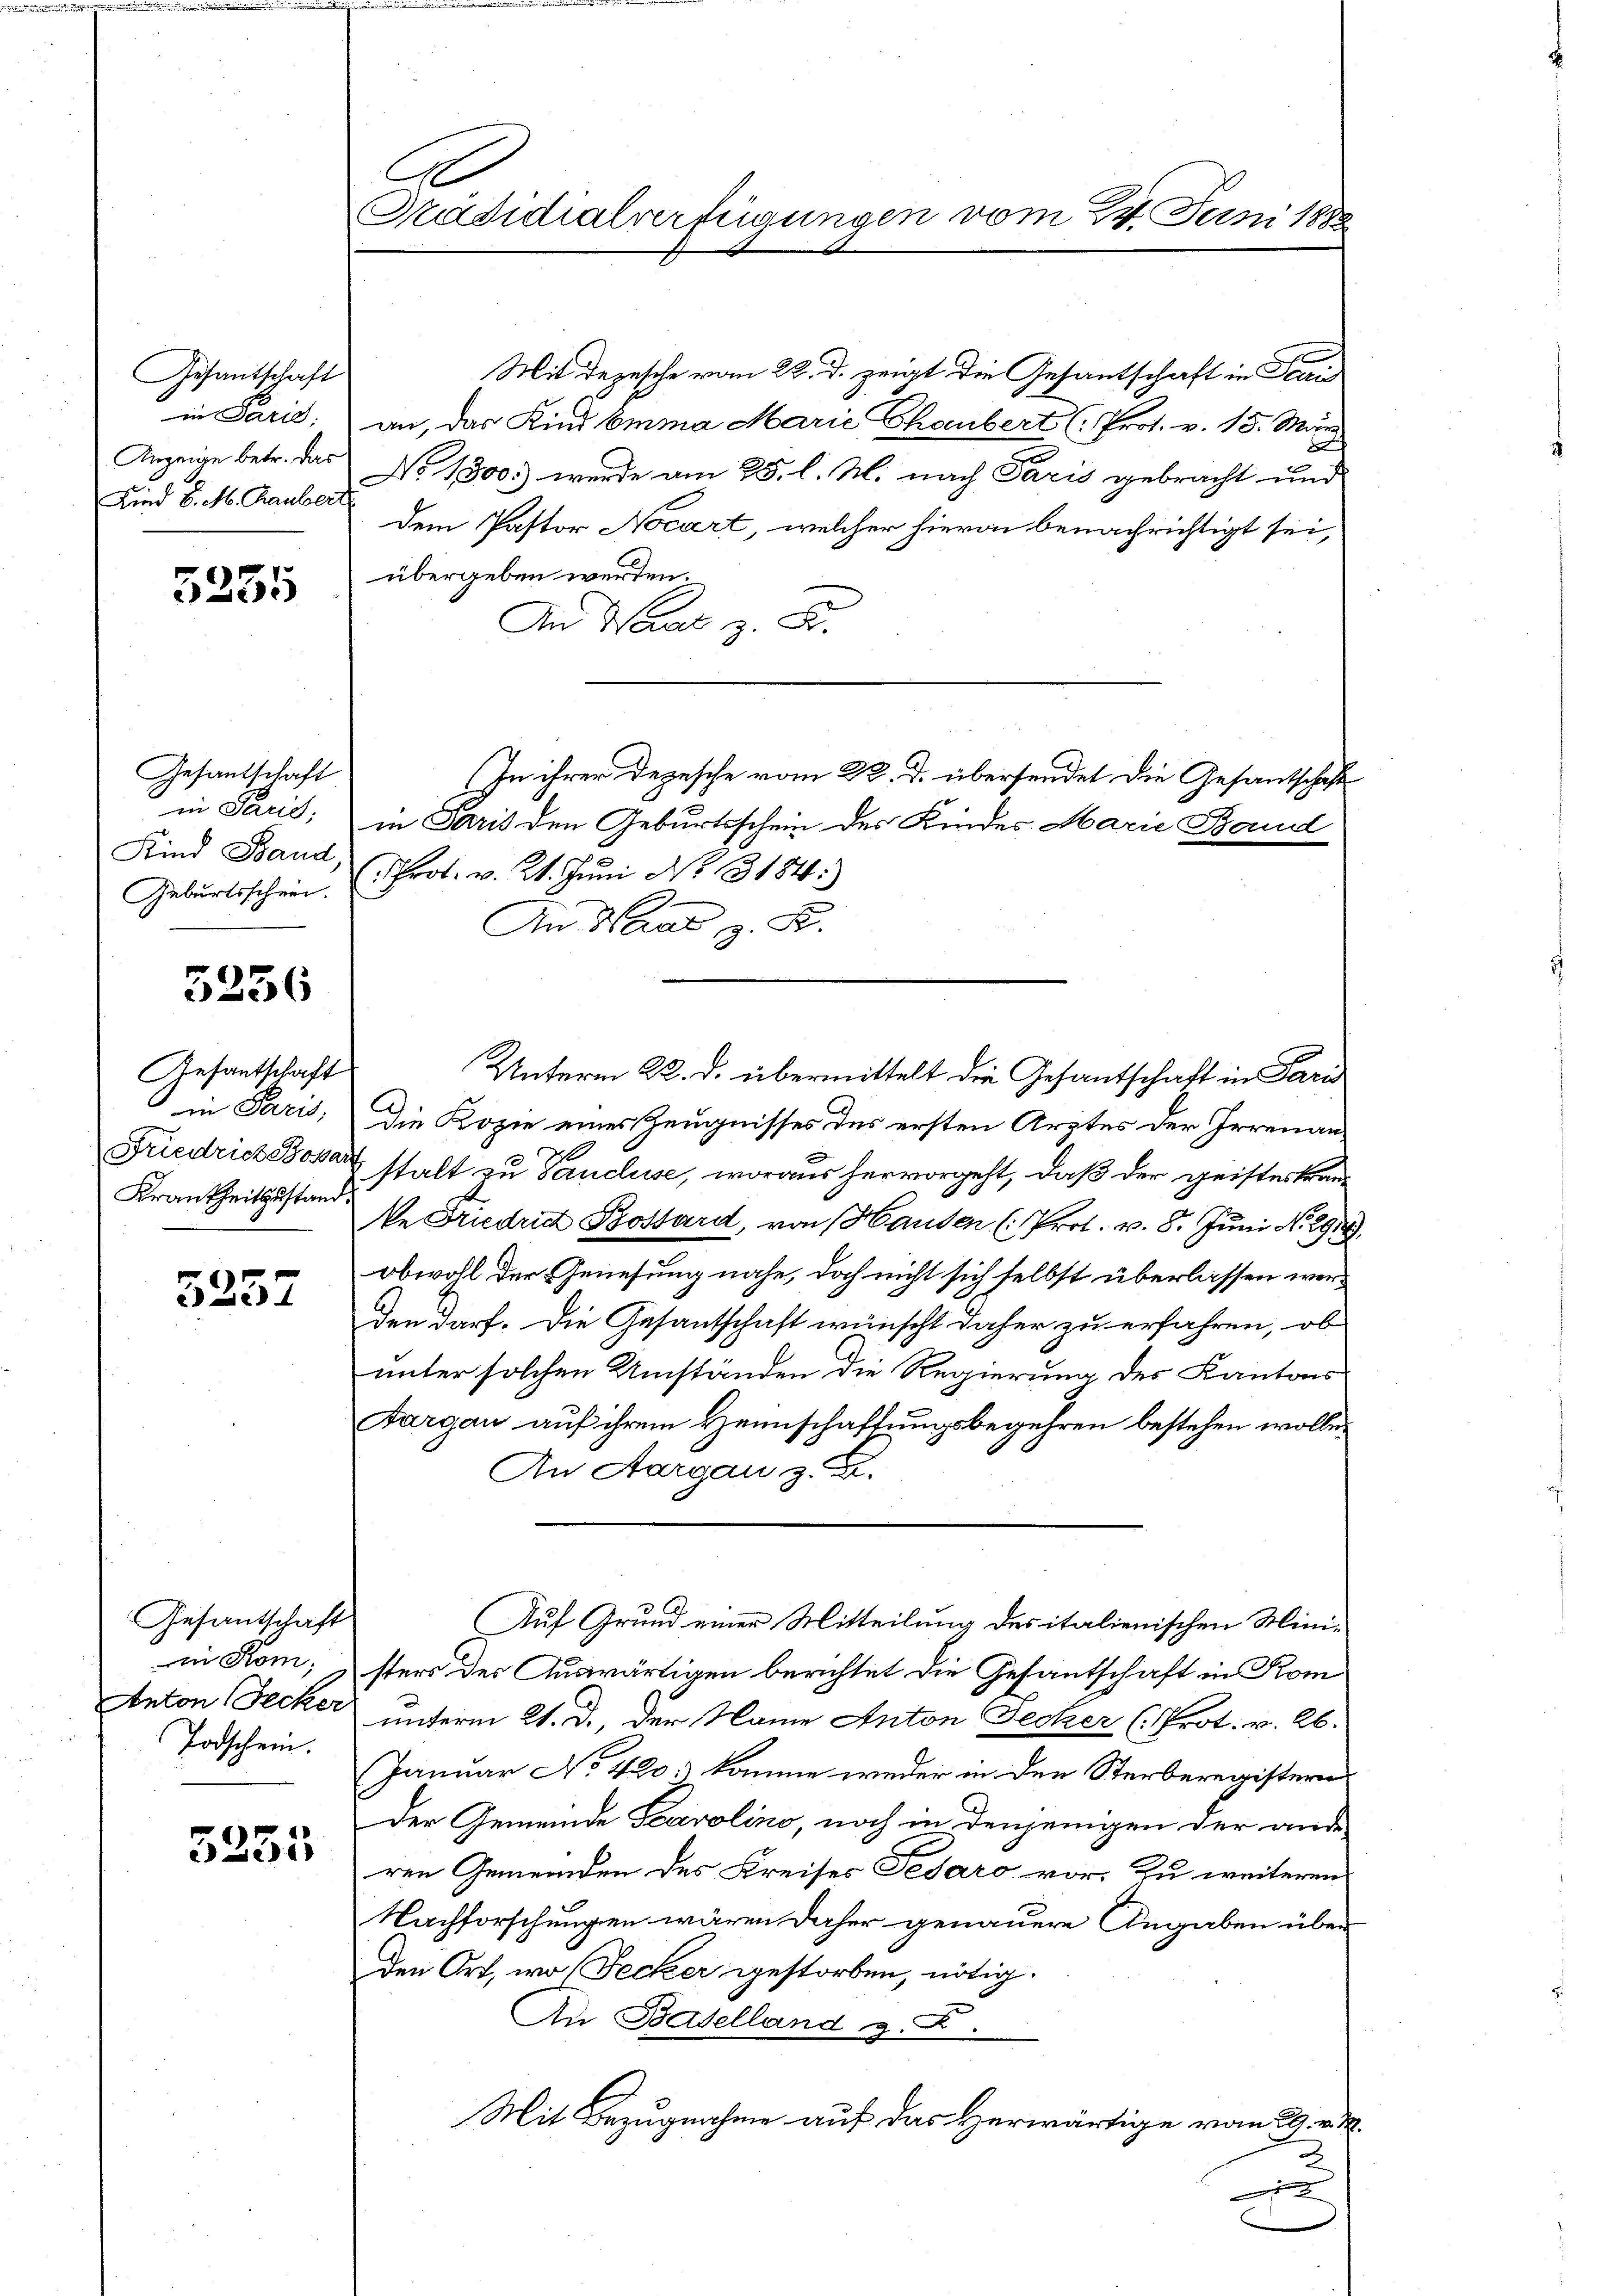
Gesantschaft
in Paris.
Anzeige betr. das
Kind 8. M. Raubert

5235

Gesantschaft
Kind Band.

5236

Gesantschaft
Krankheitszustand.

5257

Gesandtschaft
in Kom
Todschein.

5335

A
Präsidialverfügungen vom 24. Juni 1888

Mit depesche vom 22. d. zeigt die Gesantschaft in Sta
an, das Kind Emma Marie Chaubert (Prot. v. 15. März.
No 1300.) werde am 25. l. M. nach Paris gebracht und
Dem Pastor Nocart, welcher hievon benachrichtigt sei,
übergeben werden.
An Waar z. B.
in Paris; in Paris den Geburtsschein des Kindes Marie Band
Geburtsschein Prot. v. 21. Jŭni No 3184)
An Haar z. B.
Unterm 22. d. übermittelt die Gesantschaft in Paris
in Paris; die Kopie eines Zeugnisses des ersten Arztes der Irrenan¬
Friedrich Bosart stalt zu Vauduse, woraus hervorgeht, daß der geisteskran
Ne Friedricht Bossard, von Handen (Prot. v. 8. Juni No 29.
2)
obwohl der Genesung nahe, doch nicht sich selbst überlassen werden darf. Die Gesantschaft wünscht daher zu erfahren, ob
unter solchen Umständen die Regierung des Kantons
Aargau auf ihrem Heimschaftungsbegehren bestehen wolle.
An Aargau z. B.
Auf Grund einer Mitteilung des italienischen Mini-
sters des Auswärtigen berichtet die Gesantschaft in Kom
Anton Decker unterm 21. d., der Name Anton Fecher (Prot. v. Ab.
Januar No 420; komme weder in den Sterberegistern
Der Gemeinde Scarolino, noch in denjenigen der ander
ren Gemeinden des Kreises Fesaro vor. Zu weiteren
Nachforschungen wären daher genauere Angaben über
den Ort, wo Decker gestorben, nötig.
An Baselland z. B.
Mit Bezugnahme auf das Herwärtige vom 29. v. M.
x

In ihrer Depesche vom 22. d. übersendet die Gesantschaft